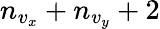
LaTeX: n_{v_{x}}+n_{v_{y}}+2